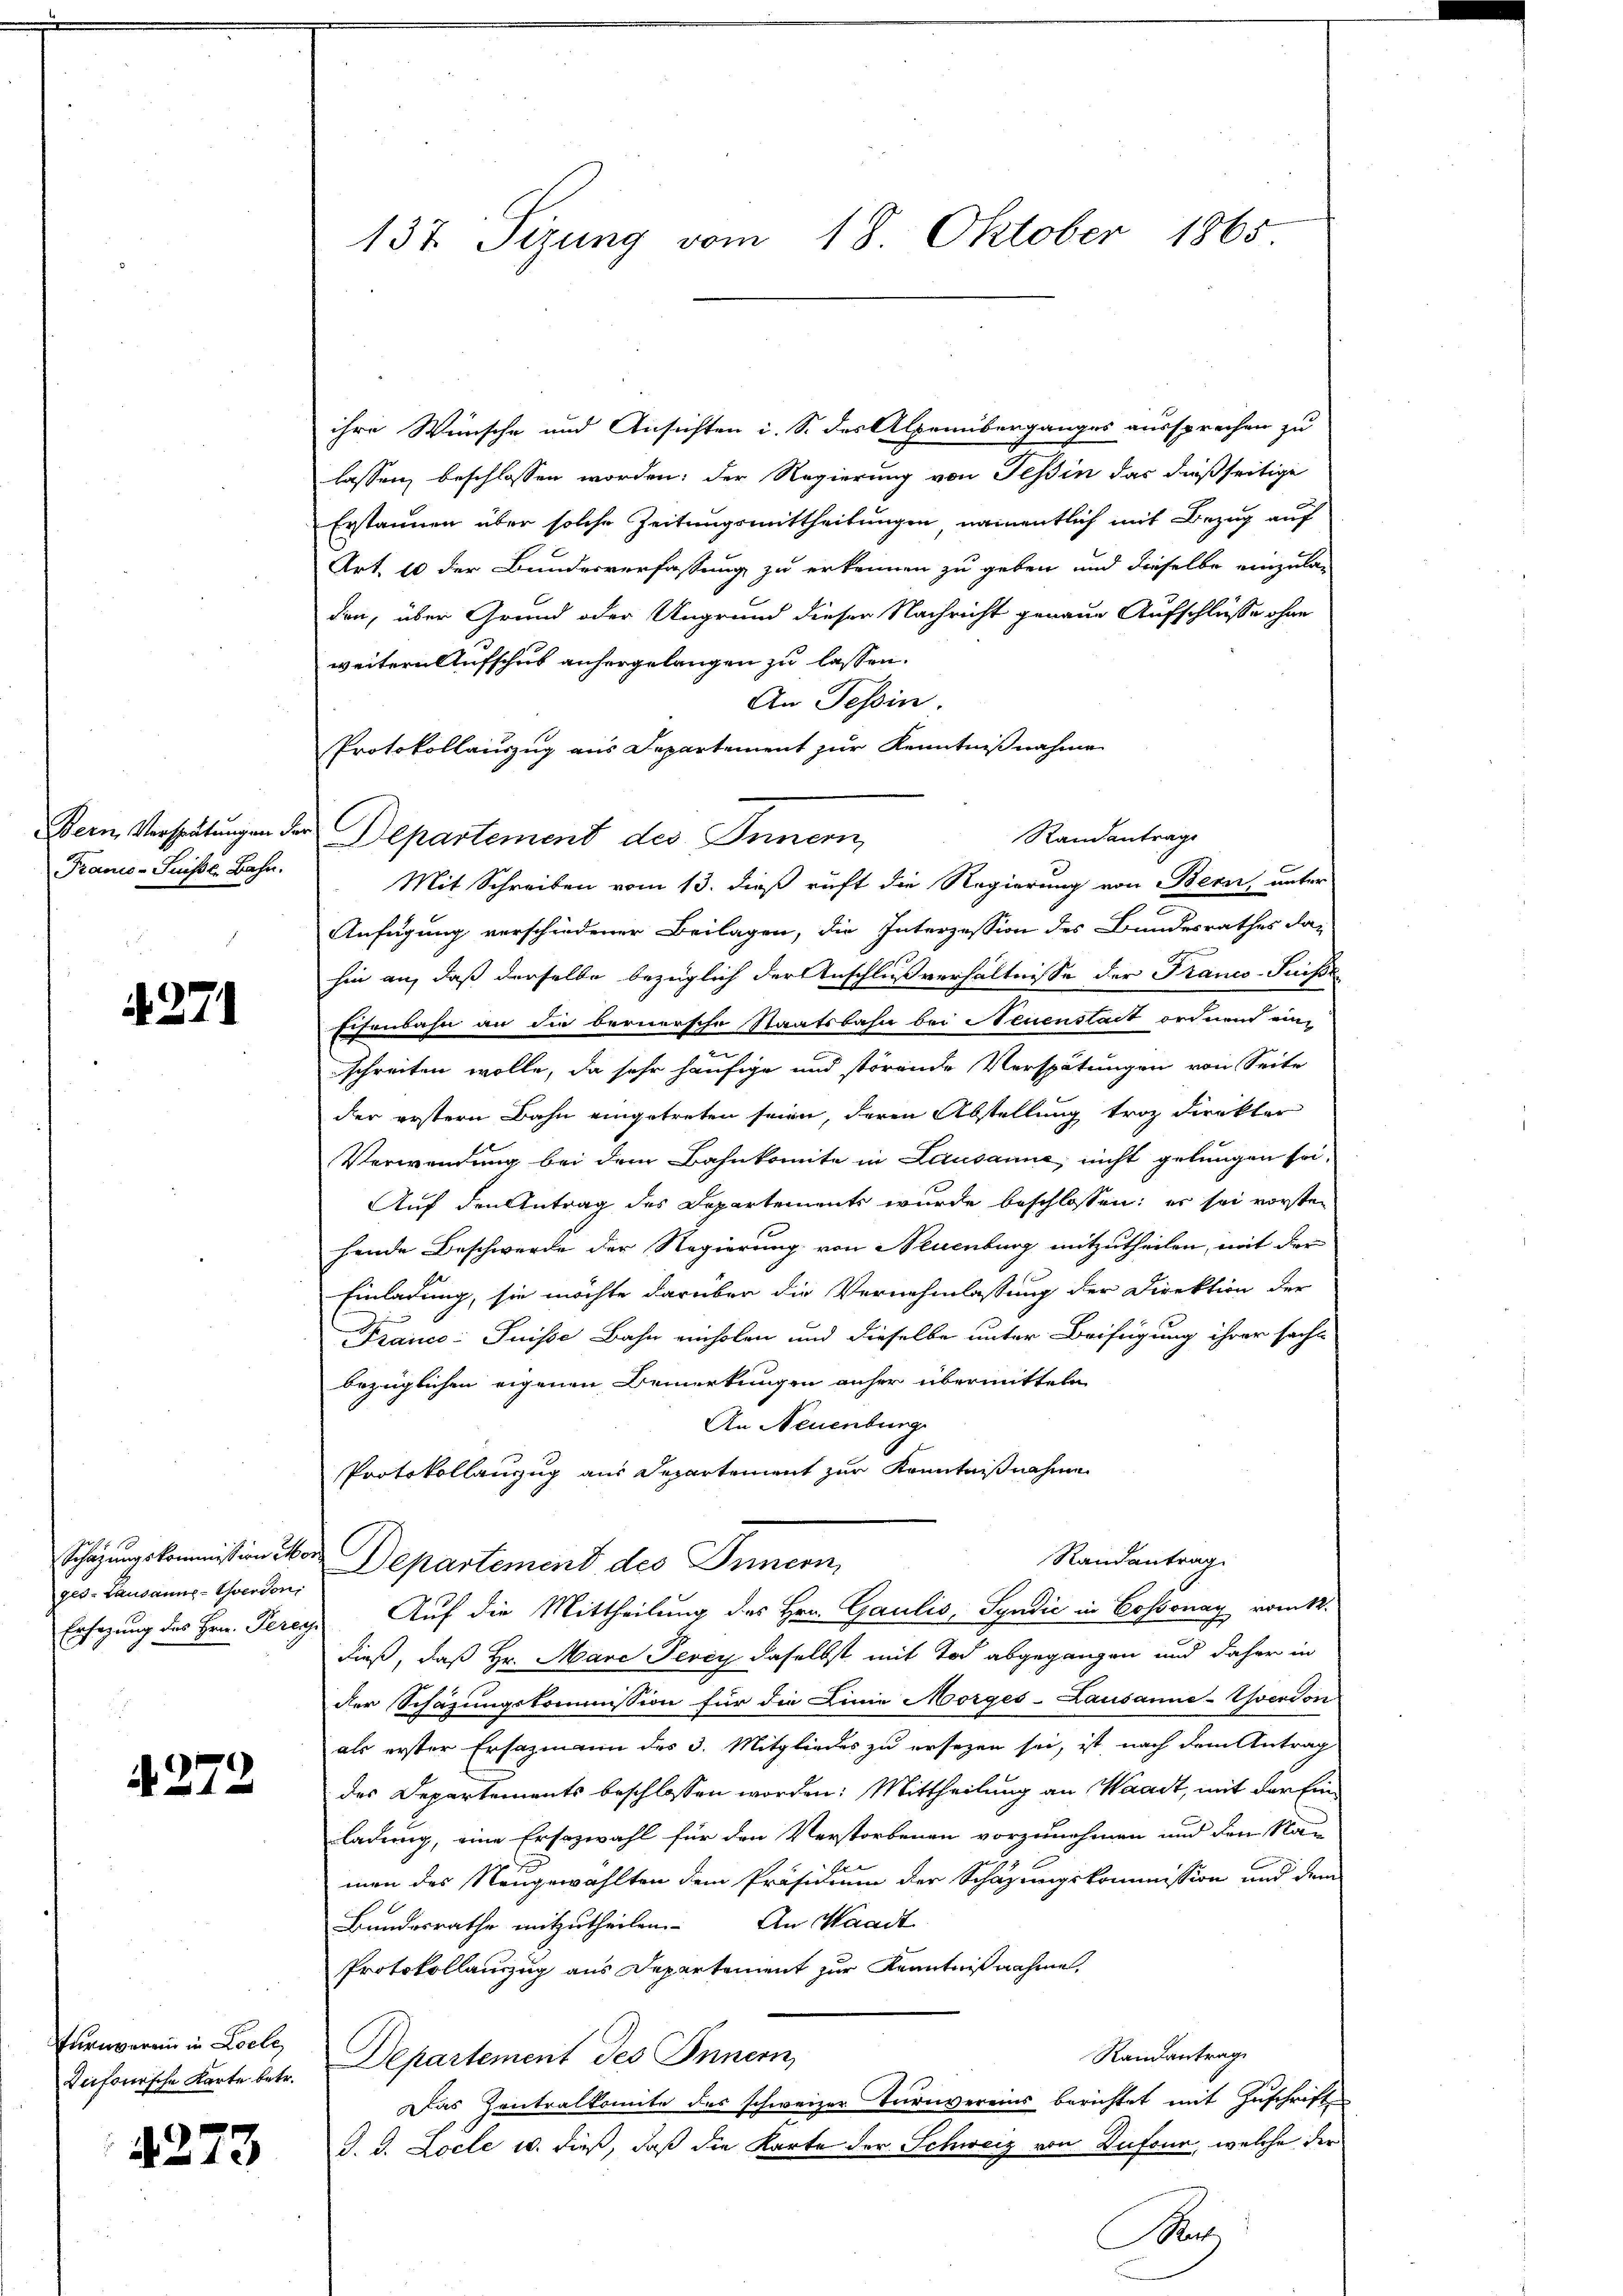
Francs-Suisse, Bahn.

271

ges- Lausanns-Werden,
Ersazung des Hrn. Pere

272

Eurnverein in Loche

4273

137 Sizung vom 18. Oktober 1865

ihre Wünsche und Ansichten i. S. des Alpenberganges aussprechen zu
lassen beschlossen worden; der Regierung von Tessin das dießseitige
Erstannen über solche Zeitungsmittheilungen, namentlich mit Bezug auf
Art. 10 der Bundesverfassung zu erkennen zu geben und dieselbe einzulag
den, über Grund oder Ungrund dieser Nachricht genaue Aufschlüsse ohne
weitern Aufschus anhergelangen zu lassen.
An Tessin.
Protokollauszug aus Departement zur Kenntnißnahme
Randantrage
Bern Verspätungen der Departement des Innern,
Mit Schreiben vom 13. dieß ruft die Regierung von Bern, unter
Anfügung verschiedener Beilagen, die Interzession des Bundesrathes das
hin an, daß derselbe bezüglich der Anschlußverhältnisse der Franco-Suisse
Eisenbahn an die bernersche Staatsbahn bei Neuenstait ordnend ein-
schreiten wolle, da sehr häufige und störende Verspätungen von Seite
der erstern Bahn eingetreten seien, deren Abstellung troz Direkter
Verwendung bei dem Bahnkomite in Lausanne, nicht gelungen sei.
Auf den Antrag des Departements wurde beschlossen: es sei vorsten
hende Beschwerde der Regierung von Neuenburg mitzutheilen, mit der
Einladung, sie möchte darüber die Vernehmlassung der Direktion der
Frais: Suisse Bahn einholen und dieselbe unter Beifügung ihrer sache
bezüglichen eigenen Bemerkungen anher übermitteln
An Neuenburg
Protokollanzug aus Departement zur Kenntnißnahme
Randantrag
Schazungskommission der Departement des Innern,
 Auf die Mittheilung des Hrn. Gaulis, Syndić in Cossonay vom k.
dieß, daß Hr. Marc Tevey daselbst mit Tod abgegangen und daher in
der Schazungskommission für die Linie Morges-Lausanne-Yverdon
als erster Ersazmann des 3. Mitgliedes zu ersezen sei, ist nach dem Antrag
des Departements beschlossen worden: Mittheilung an Waadt, mit der Einladung, eine Ersozwahl für den Verstorbenen vorzunehmen und den Na-
x
man des Neugewählten dem Präsidium der Schazungskommission und dem
Bundesrathe mitzutheilen. An Standt
Protokollauszug aus Departement zur Kenntnißnahme,
Randantrag
defonische Karte betr. Departement des Innern,
Das Zentralkonnte des schweizer Turnvereins berichtet mit Zuschrifte
d. d. Locle u. dieß, daß die Karte der Schweiz von Dufour, welche der
Mart.